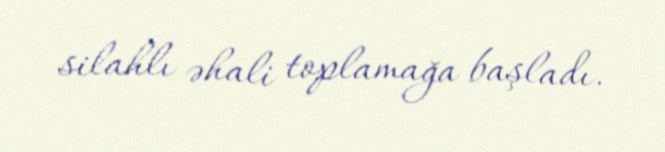
silahlı əhali toplamağa başladı.